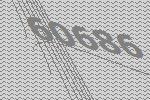
60686